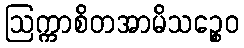
ဩက္ကာစိတအာမိသဉ္စေဝ